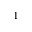
1